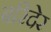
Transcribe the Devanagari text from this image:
बरिंदेर